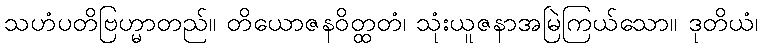
သဟံပတိဗြဟ္မာတည်။ တိယောဇနဝိတ္ထတံ၊ သုံးယူဇနာအမြဲကြယ်သော။ ဒုတိယံ၊